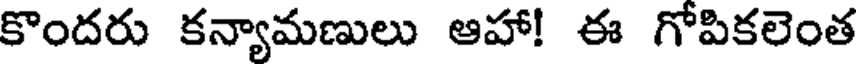
కొందరు కన్యామణులు ఆహా! ఈ గోపికలెంత